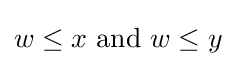
w\leq x{\text{ and }}w\leq y